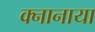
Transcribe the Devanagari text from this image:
क्नानाया